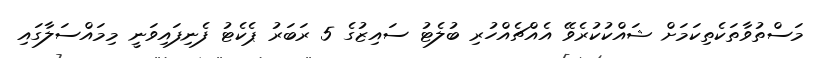
މަސްތުވާތަކެތިކަމަށް ޝައްކުކުރެވޭ އެއްޗެއްހުރި ބުލެޓު ސައިޒުގެ 5 ރަބަރު ޕެކެޓު ފެނިފައިވަނީ މިމައްސަލާގައި